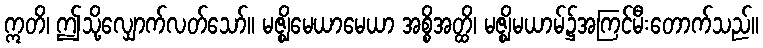
ဣတိ၊ ဤသို့လျှောက်လတ်သော်။ မဇ္ဈိမေယာမေယာ အစ္စိအတ္ထိ၊ မဇ္ဈိမယာမ်၌အကြင်မီးတောက်သည်။